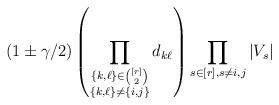
LaTeX: \begin{align*}(1\pm\gamma/2)\left(\prod_{\substack{\{k,\ell\}\in\binom{[r]}{2}\\\{k,\ell\}\neq\{i,j\}}} d_{k\ell}\right)\prod_{s\in[r],s\neq i,j}|V_s|\end{align*}